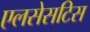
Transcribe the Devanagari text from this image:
एलसेसटिस